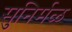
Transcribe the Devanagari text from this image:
सुनिर्मळ